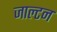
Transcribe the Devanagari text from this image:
जाल्‍टन